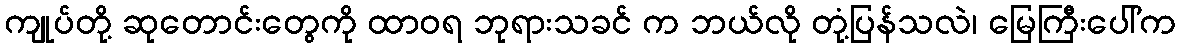
ကျုပ်တို့ ဆုတောင်းတွေကို ထာဝရ ဘုရားသခင် က ဘယ်လို တုံ့ပြန်သလဲ၊ မြေကြီးပေါ်က